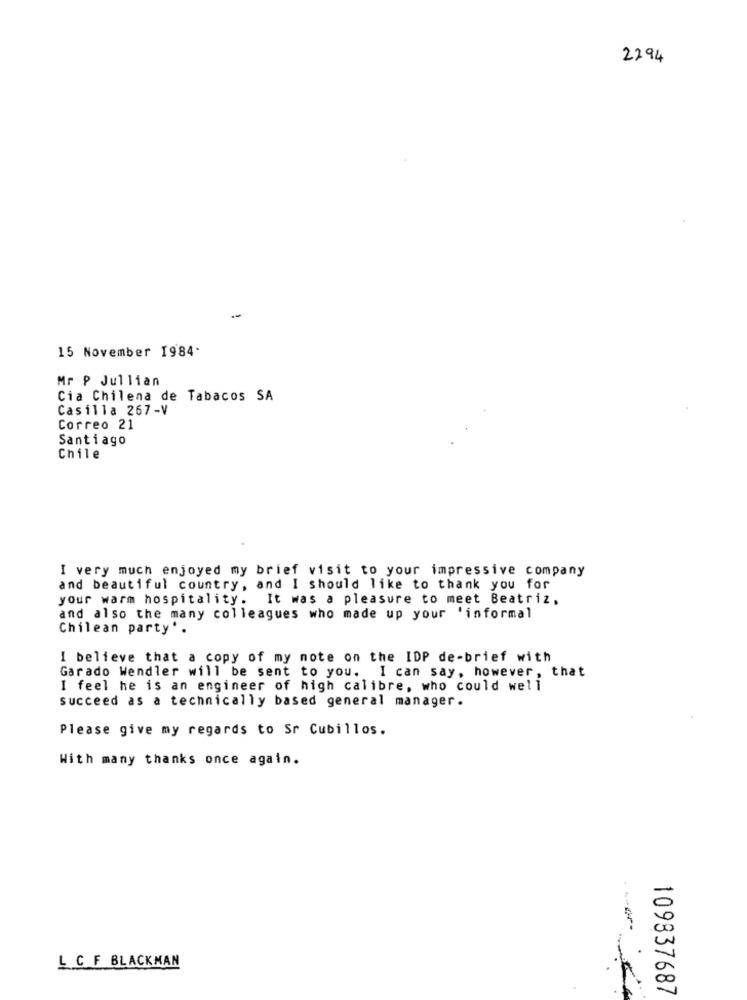
2294
15 November 1984.
Mr P Jullian
Cia Chilena de Tabacos SA
Casilla 267-V
Correo 21
Santiago
Chile
I very much enjoyed my brief visit to your impressive company
and beautiful country, and I should like to thank you for
your warm hospitality. It was a pleasure to meet Beatriz.
and also the many colleagues who made up your 'informal
Chilean party'.
I believe that a copy of my note on the IDP de-brief with
Garado Wendler will be sent to you. I can say, however, that
I feel he is an engineer of high calibre, who could well
succeed as a technically based general manager.
Please give my regards to Sr Cubillos.
With many thanks once again.
L C F BLACKMAN
109837687